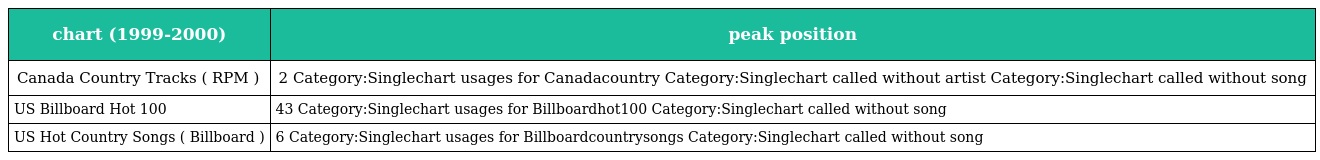
| chart (1999-2000) | peak position |
 | --- | --- |
 | Canada Country Tracks ( RPM ) | 2 Category:Singlechart usages for Canadacountry Category:Singlechart called without artist Category:Singlechart called without song |
 | US Billboard Hot 100 | 43 Category:Singlechart usages for Billboardhot100 Category:Singlechart called without song |
 | US Hot Country Songs ( Billboard ) | 6 Category:Singlechart usages for Billboardcountrysongs Category:Singlechart called without song |